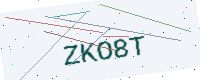
Text: ZKO8T